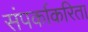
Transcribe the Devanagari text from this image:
संपर्काकरिता